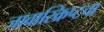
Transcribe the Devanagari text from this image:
जावास्क्रिप्टचा